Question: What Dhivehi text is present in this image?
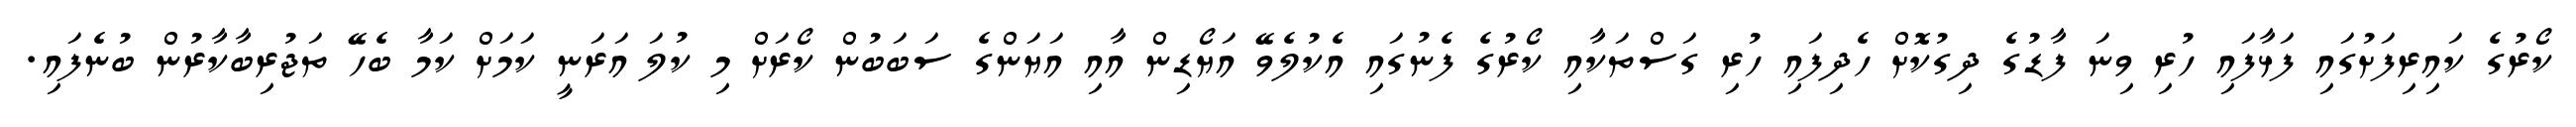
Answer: ކޯރުގެ ކައިރިފަށުގައި ފަޅާފައި ހުރި ވިނަ ފާޑުގެ ދިގުކޮށް ހެދިފައި ހުރި ގަސްތަކާއި ކޯރުގެ ފެނުގައި އެކުލެވޭ އަޔޯޑިން އާއި އަޔަންގެ ސަބަބުން ކޯރަށް މި ކުލަ އަރަނީ ކަމަށް ކަމާ ބެހޭ ތަޖުރިބާކާރުން ބުނެފައި.